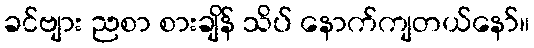
ခင်ဗျား ညစာ စားချိန် သိပ် နောက်ကျတယ်နော်။